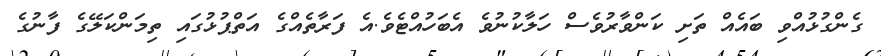
ގެންގުޅުއްވި ބައެއް ތަށި ކަންވާރުވެސް ހަލާކުނުވެ އެބަހުއްޓެވެ.އެ ފަރާތެއްގެ އަތްޕުޅުގައި ތިމަންކަލޭގެ ފާނުގެ